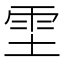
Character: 𫕞